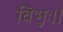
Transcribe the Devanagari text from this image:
विभुः।।